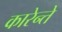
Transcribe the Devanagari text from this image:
कारेन्ते